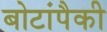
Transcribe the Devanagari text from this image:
बोटांपैकी